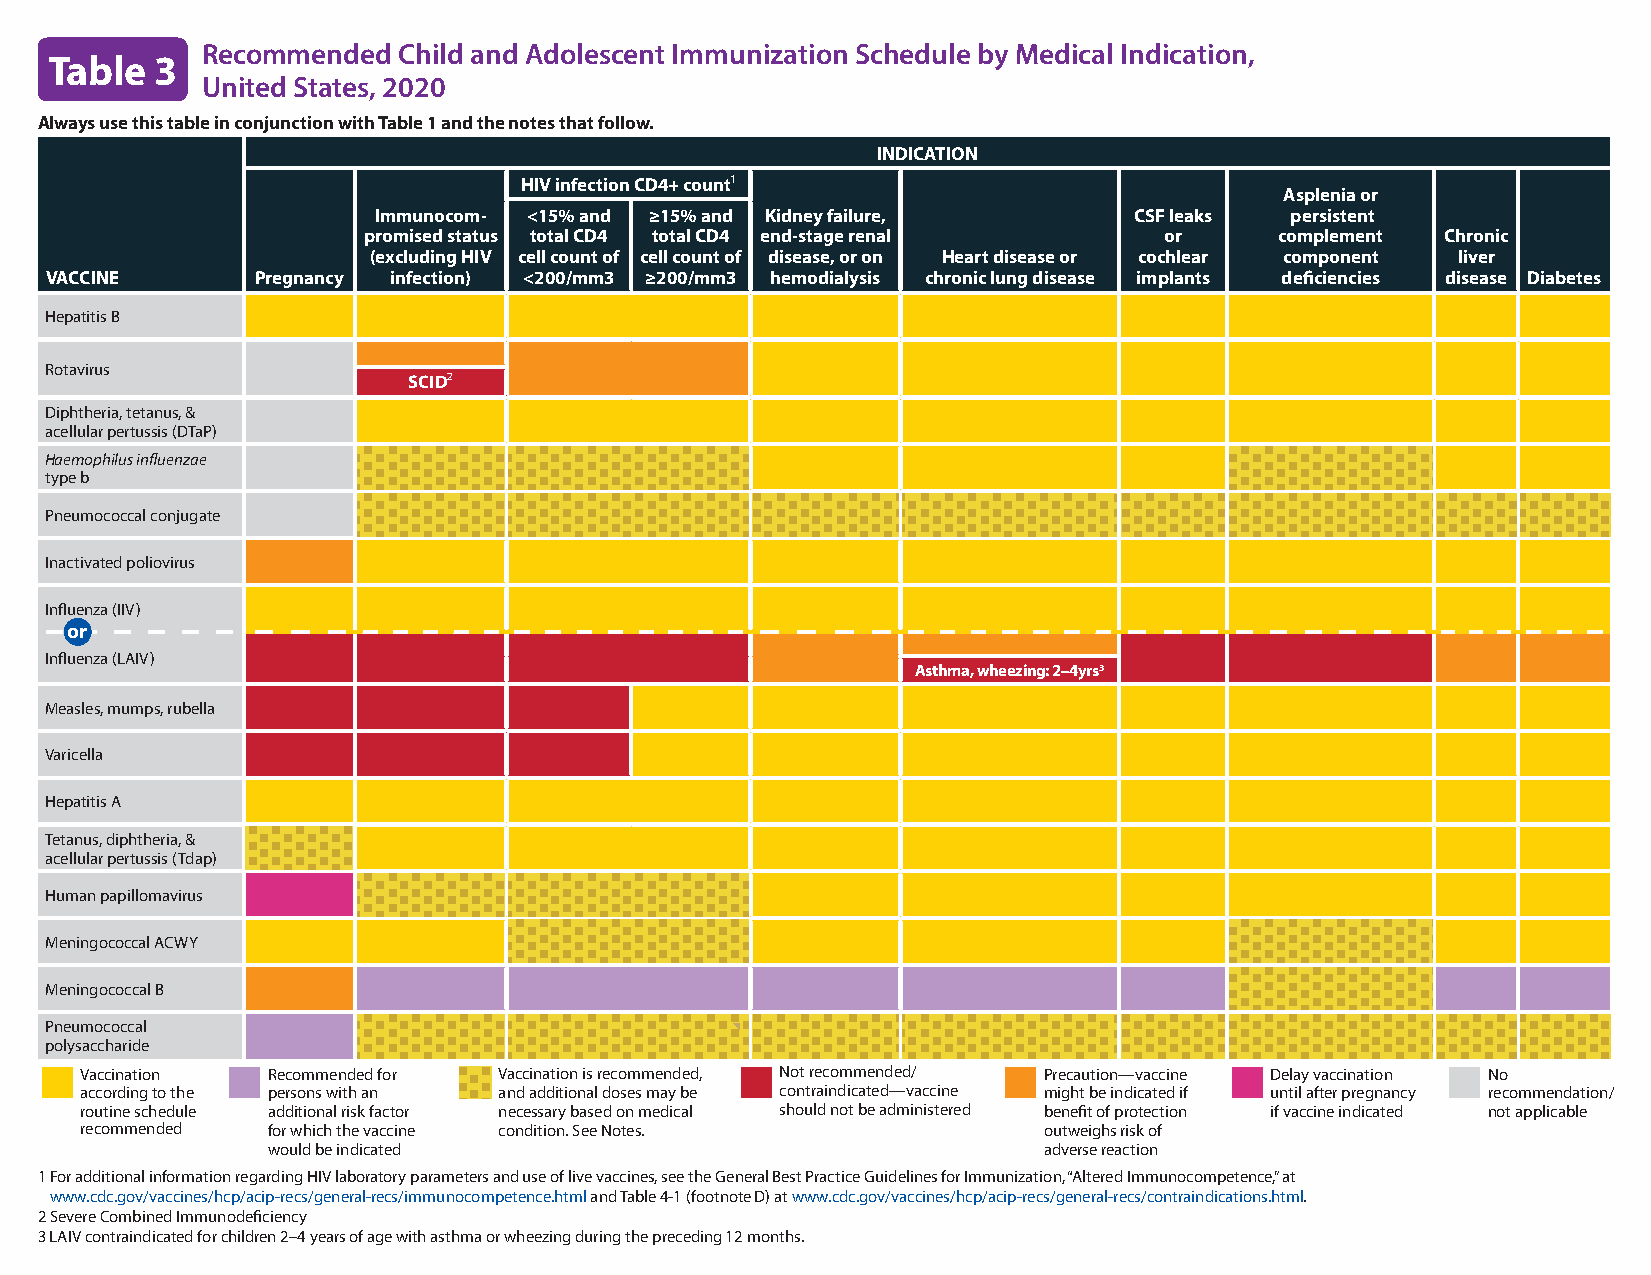
Recommended  Child and Adolescent Immunization Schedule by Medical Indication,
 Table  3
 United States, 2020
 Always use this table in conjunction with Table 1 and the notes that follow.
 INDICATION
 HIV infection CD4+ count1
 Asplenia or
 Immunocom- <15% and ≥15% and Kidney failure,      CSF leaks persistent
 promised status total CD4 total CD4 end-stage renal  or      complement Chronic
 (excluding HIV cell count of cell count of disease, or on Heart disease or cochlear component liver
 VACCINE       Pregnancy infection) <200/mm3 ≥200/mm3 hemodialysis chronic lung disease implants deficiencies disease Diabetes
 Hepatitis B
 Rotavirus
 SCID2
 Diphtheria, tetanus, &
 acellular pertussis (DTaP)
 Haemophilus influenzae
 type b
 Pneumococcal conjugate
 Inactivated poliovirus
 Influenza (IIV)
 or
 Influenza (LAIV)
 Asthma, wheezing: 2–4yrs3
 Measles, mumps, rubella
 Varicella
 Hepatitis A
 Tetanus, diphtheria, &
 acellular pertussis (Tdap)
 Human papillomavirus
 Meningococcal ACWY
 Meningococcal B
 Pneumococcal
 polysaccharide
   Vaccination  Recommended for Vaccination is recommended, Not recommended/ Precaution—vaccine Delay vaccination No
 according to the persons with an a nd additional doses may be c ontraindicated—vaccine m ight be indicated if u ntil after pregnancy r ecommendation/
 routine schedule additional risk factor necessary based on medical should not be administered benefit of protection if vaccine indicated not applicable
 recommended  for which the vaccine condition. See Notes.        outweighs risk of
 would be indicated                                 adverse reaction
 1 For additional information regarding HIV laboratory parameters and use of live vaccines, see the General Best Practice Guidelines for Immunization, “Altered Immunocompetence,” at
 www.cdc.gov/vaccines/hcp/acip-recs/general-recs/immunocompetence.html and Table 4-1 (footnote D) at www.cdc.gov/vaccines/hcp/acip-recs/general-recs/contraindications.html.
 2 Severe Combined Immunodeficiency
 3 LAIV contraindicated for children 2–4 years of age with asthma or wheezing during the preceding 12 months.